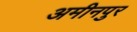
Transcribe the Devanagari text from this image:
अमीनपुर